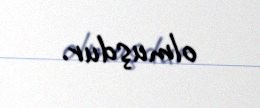
olmuşdur.